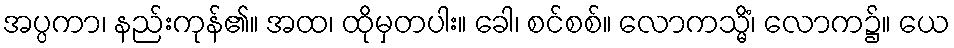
အပ္ပကာ၊ နည်းကုန်၏။ အထ၊ ထိုမှတပါး။ ခေါ၊ စင်စစ်။ လောကသ္မိံ၊ လောက၌။ ယေ